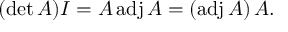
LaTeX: ( \operatorname* { d e t } A ) I = A \operatorname { a d j } A = ( \operatorname { a d j } A ) \, A .